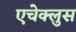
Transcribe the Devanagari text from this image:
एचेक्लुस